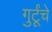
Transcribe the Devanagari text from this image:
गुर्टूंचे